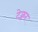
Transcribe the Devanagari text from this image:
टेक्चर